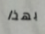
بهذا